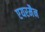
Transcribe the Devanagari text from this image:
एयरमैन